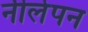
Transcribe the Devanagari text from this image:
नीलेपन